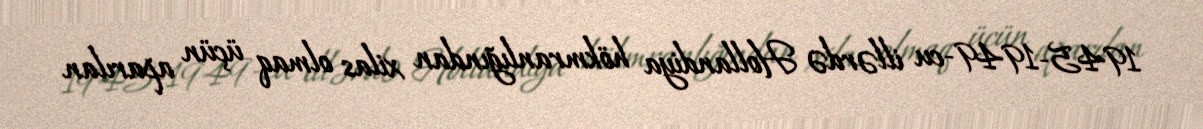
1945-1949-cu illərdə Hollandiya hökmranlığından xilas olmaq üçün aparılan